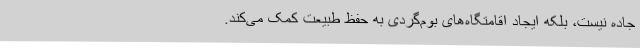
جاده نیست، بلکه ایجاد اقامتگاه‌های بوم‌گردی به حفظ طبیعت کمک می‌کند.